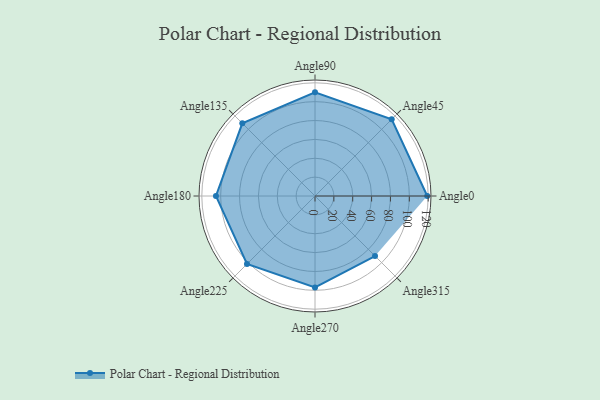
{"axis": {"x": "Angle", "y": "Radius"}, "legend": [""], "data": [{"x": "Angle0", "y": 119.0, "type": ""}, {"x": "Angle45", "y": 115.0, "type": ""}, {"x": "Angle90", "y": 110.0, "type": ""}, {"x": "Angle135", "y": 109.0, "type": ""}, {"x": "Angle180", "y": 105.0, "type": ""}, {"x": "Angle225", "y": 102.0, "type": ""}, {"x": "Angle270", "y": 97.0, "type": ""}, {"x": "Angle315", "y": 90.0, "type": ""}]}